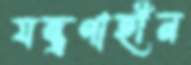
যন্ত্রণাহীন